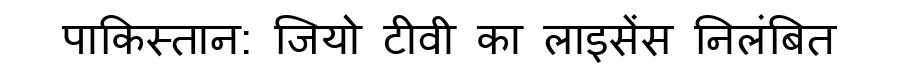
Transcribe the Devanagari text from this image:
पाकिस्तान: जियो टीवी का लाइसेंस निलंबित